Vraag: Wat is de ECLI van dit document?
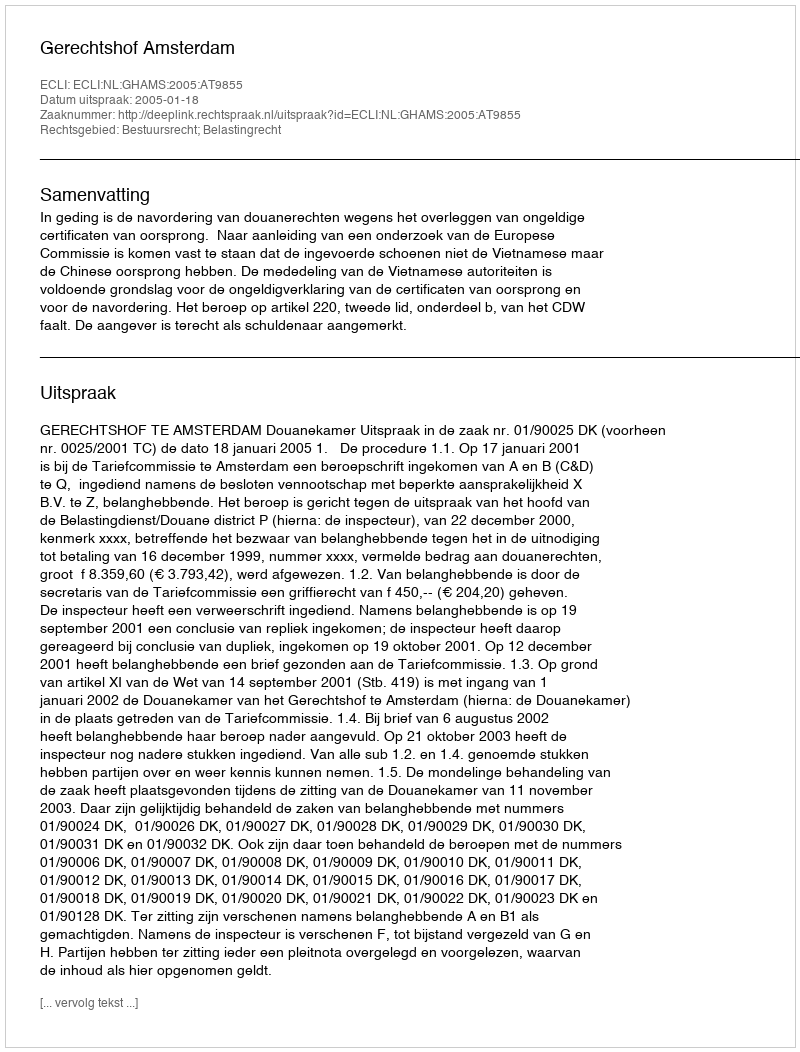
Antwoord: ECLI:NL:GHAMS:2005:AT9855